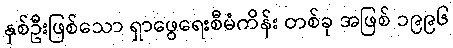
နှစ်ဦးဖြစ်သော ရှာဖွေရေးစီမံကိန်း တစ်ခု အဖြစ် ၁၉၉၆